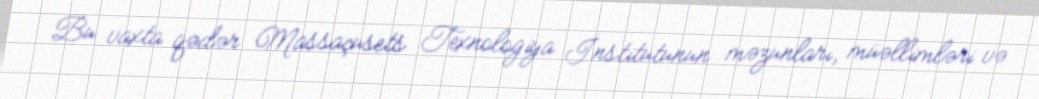
Bu vaxta qədər Massaçusets Texnologiya İnstitutunun məzunları, müəllimləri və